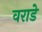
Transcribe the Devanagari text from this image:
वराडे